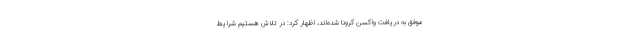
موفق به دریافت واکسن کرونا شده‌اند، اظهار کرد: در تلاش هستیم شرایط